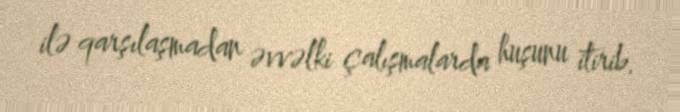
ilə qarşılaşmadan əvvəlki çalışmalarda huşunu itirib.